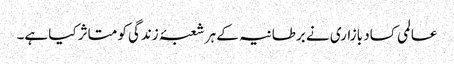
عالمی کساد بازاری نے برطانیہ کے ہر شعبۂ زندگی کو متاثر کیا ہے۔